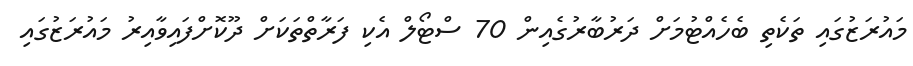
މައުރަޒުގައި ތަކެތި ބެހެއްޓުމަށް ދަރުބާރުގެއިން 70 ސްޓޯލް އެކި ފަރާތްތަކަށް ދޫކޮށްފައިވާއިރު މައުރަޒުގައި